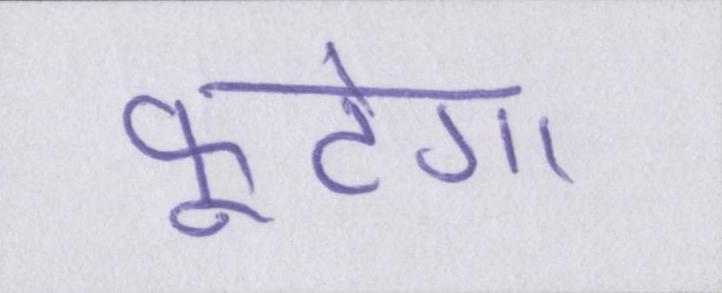
फूटेगा